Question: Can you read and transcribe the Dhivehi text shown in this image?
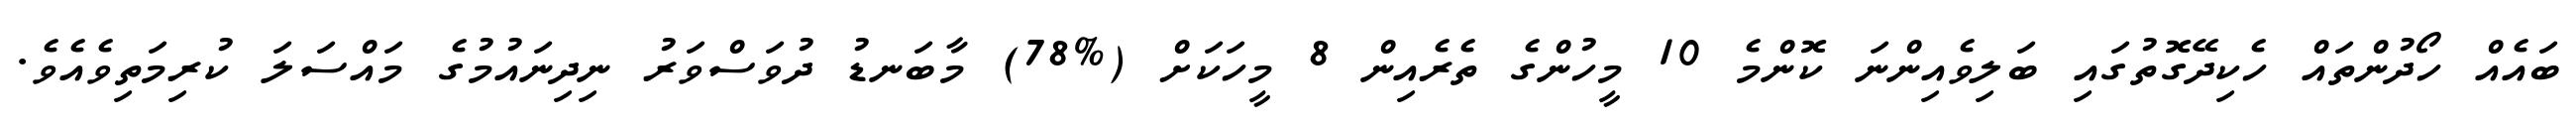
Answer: ބައެއް ހޯދުންތައް ހެކިދޭގޮތުގައި ބަލިވެއިންނަ ކޮންމެ 10 މީހުންގެ ތެރެއިން 8 މީހަކަށް (%78) މާބަނޑު ދުވަސްވަރު ނިދިނައުމުގެ މައްސަލަ ކުރިމަތިވެއެވެ.